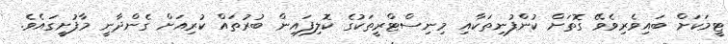
ޓީމަކަށް ބައިވެރިވެވޭ ގޮތަށް ކުންފުނިތަކާއި މިނިސްޓްރީތަކުގެ ކޮލިފައިން ބުރުތައް ކުރިއަށް ގެންދާނީ މާފުށީގައެވެ.